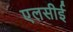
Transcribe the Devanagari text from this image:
एलसीई